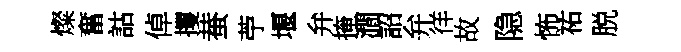
燦奮詁倬攫蛬苧堰弁掩澗詔弁徉故隐怖祐脱